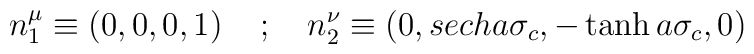
n^{\mu}_{1} \equiv \left ( 0, 0, 0, 1 \right ) \quad ; \quad n^{\nu}_{2} \equiv \left ( 0, sech a\sigma_{c}, - \tanh a\sigma_{c}, 0 \right )